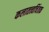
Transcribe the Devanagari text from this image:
कलातत्त्वचिंतक